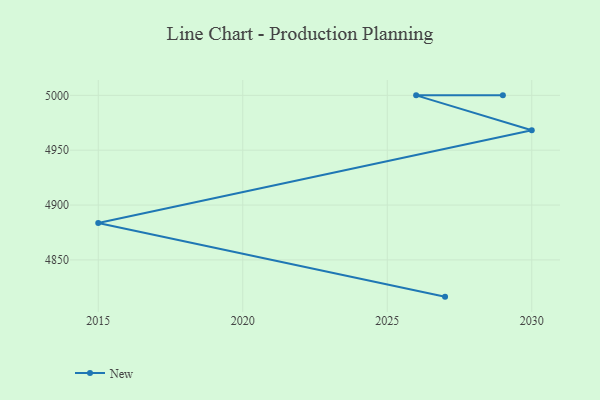
{"axis": {"x": "Year", "y": "Production Output"}, "legend": ["New"], "data": [{"x": "2027", "y": 4816.5, "type": "New"}, {"x": "2015", "y": 4883.6, "type": "New"}, {"x": "2030", "y": 4968.2, "type": "New"}, {"x": "2026", "y": 5000, "type": "New"}, {"x": "2029", "y": 5000, "type": "New"}]}